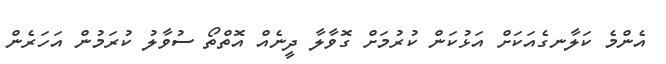
އެންމެ ކަލާނގެއަކަށް އަޅުކަން ކުރުމަށް ގޮވާލާ ދީނެއް އޮތްތޯ ސުވާލު ކުރަމުން އަހަރެން